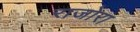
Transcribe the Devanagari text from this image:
राजोरा